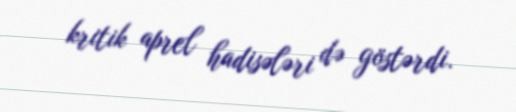
kritik aprel hadisələri də göstərdi.